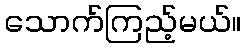
သောက်ကြည့်မယ်။